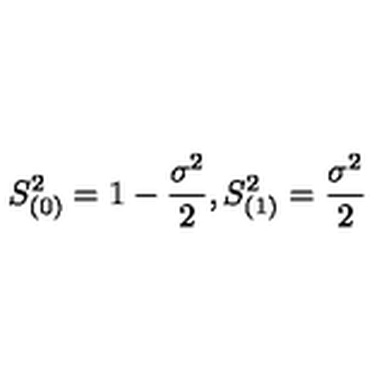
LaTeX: S _ { ( 0 ) } ^ { 2 } = 1 - \frac { \sigma ^ { 2 } } 2 , S _ { ( 1 ) } ^ { 2 } = \frac { \sigma ^ { 2 } } 2